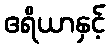
ဧရိယာနှင့်